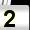
Digit: 2